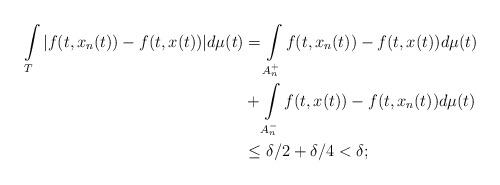
LaTeX: \begin{align*}\displaystyle \int\limits_T| f(t,x_n(t)) - f(t,x(t))| d \mu(t) &= \int\limits_{A^+_n} f(t,x_n(t)) - f(t,x(t)) d \mu(t) &\\& + \int\limits_{A^-_n} f(t,x(t)) - f(t,x_n(t)) d \mu(t) \\&\leq \delta/2 + \delta/4< \delta;\end{align*}